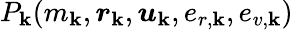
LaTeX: P_{\mathbf{k}}(m_{\mathbf{k}},\boldsymbol{r}_{\mathbf{k}},\boldsymbol{u}_{\mathbf{k}},e_{r,\mathbf{k}},e_{v,\mathbf{k}})